Annual report of lunatic asylums [Bombay] - 1912-1922
Year: 1912
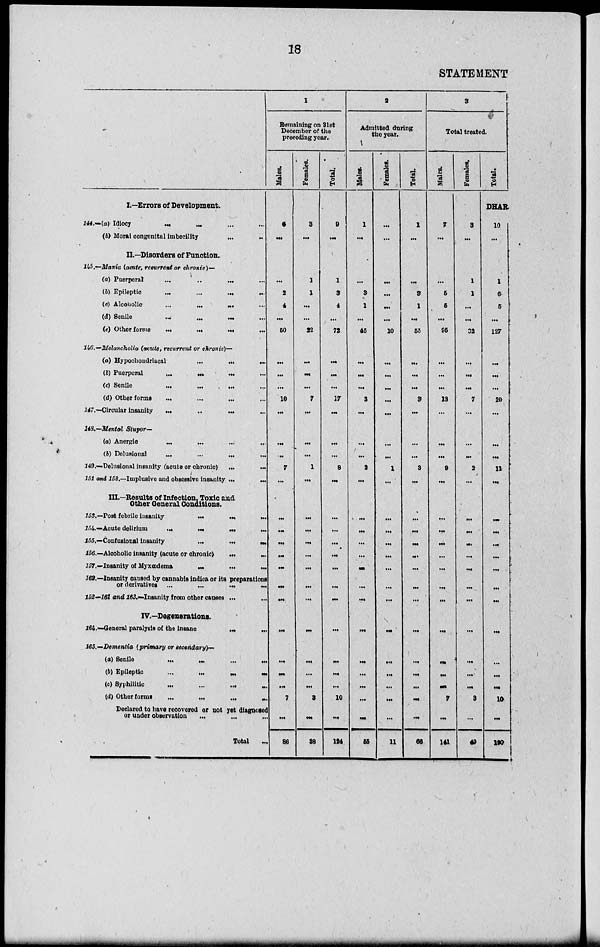
18
STATEMENT
I—Errors of Development.
144.—(a) Idiocy ... ... ... ...
(b) Moral congenital imbecility
...
...
II.—Disorders of Function.
145.—Mania (acute, recurrent or chronic)—
(a) Puerperal
...
..
... ...
(b) Epileptic
...
...
...
...
(c) Alcoholic
...
... ... ...
(d) 8enile
...
...
... ...
(e) Other forms
...
...
...
...
146.—Melancholia (acute, recurrent or chronic)—
(a) Hypochondriacal ... ... ...
(b) Puerperal
...
...
...
...
(c) Senile
...
...
...
...
(d) Other forms
...
...
...
...
147.—Circular insanity ... ... ... ...
148.—Mental Stupor—
(a) Anergic ... ... ... ...
(b) Delusioual
...
...
...
...
349.—Delusional insanity (acute or chronic) ... ...
151 and 152.—Implusive and obsessive insanity
...
...
III.—Results of Infection. Toxic and
Other General Conditions.
153.—Post febrile insanity
...
...
...
154.—Acute delirium ... ... ...
...
155.—Confusional insanity
...
...
...
156.—Alcoholic insanity (acute or chronic
)
...
...
157.—Insanity of Myxœdema
...
...
...
162.—Insanity caused by cannabis indica or its preparations
or derivatives
...
...
...
...
152—161 and 163.—Insanity from other causes ...
...
IV.—Degenerations.
164.—General paralysis of the insane
...
...
165.—Dementia (primary or secondary)—
(a) Senile
...
...
...
...
(b) Epileptic ... ... ... ...
(c)
Syphilitic
...
...
...
...
(d) Other forms
...
...
...
...
Declared to have recovered or not yet diagnosed
or under observation
... ... ...
Total ..
1
Remaining on 31st
December of the
preceding year.
Males.
6
...
...
2
4
...
60
...
...
...
10
...
...
...
7
...
...
...
. ..
...
...
...
...
...
...
...
...
7
...
86
Females.
3
...
1
1
...
...
22
...
...
...
7
...
...
...
1
...
...
...
...
...
...
...
...
...
...
...
...
3
...
38
Total.
9
...
1
3
4
...
72
...
...
...
17
...
...
...
8
...
...
...
...
. ..
...
. ..
...
...
...
...
...
10
...
124
2
Admitted during
the year.
Males.
1
...
...
3
1
...
45
...
...
...
3
...
...
...
2
...
...
....
...
...
...
...
...
...
...
...
...
...
...
55
Females.
...
...
...
...
...
...
10
...
...
...
...
...
...
...
1
...
..
...
...
...
...
...
...
...
. ..
...
....
...
...
11
Total.
1
...
...
3
1
...
55
...
...
...
3
...
...
...
3
...
...
...
...
...
...
...
...
. ..
...
...
...
...
...
66
3
Total treated.
Males.
7
...
. ..
5
5
...
95
...
...
...
13
...
...
...
9
...
...
...
...
...
...
...
....
...
...
...
..
7
...
141
Females.
3
...
1
1
...
...
32
...
...
...
7
...
...
...
2
...
...
...
...
...
...
...
...
...
. ..
...
...
3
...
49
Total.
DHAR
10
...
1
6
5
...
127
...
...
...
20
...
...
...
11
...
...
...
...
...
...
...
....
...
...
...
...
10
...
190